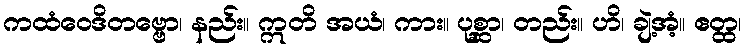
ကထံဝေဒိတဗ္ဗော၊ နည်း။ ဣတိ အယံ၊ ကား။ ပုစ္ဆာ၊ တည်း။ ဟိ၊ ချဲ့အံ့။ ဧတ္ထ၊